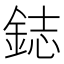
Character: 鋕